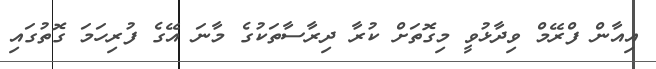
އިއާން ފްރޭމް ވިދާޅުވީ މިގޮތަށް ކުރާ ދިރާސާތަކުގެ މާނަ އޭގެ ފުރިހަމަ ގޮތުގައި